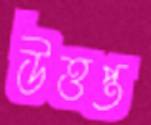
উত্তপ্ত